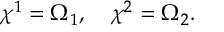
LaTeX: \chi ^ { 1 } = \Omega _ { 1 } , ~ ~ ~ \chi ^ { 2 } = \Omega _ { 2 } .